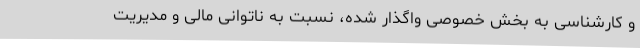
و کارشناسی به بخش خصوصی واگذار شده، نسبت به ناتوانی مالی و مدیریت